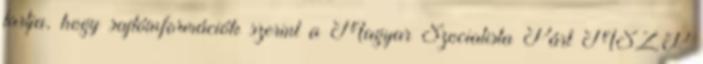
tartja, hogy sajtóinformációk szerint a Magyar Szocialista Párt MSZP